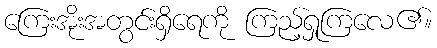
ကြေးအိုးအတွင်းရှိရေကို ကြည့်ရှုကြလေ၏။